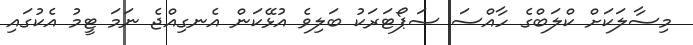
މިސާލަކަށް ކްލަބްގެ ހާއްސަ ސަޕޯޓަރަކު ބަލިވެ އުޅޭކަން އެނގިއްޖެ ނަމަ ޓީމު އެކުގައި